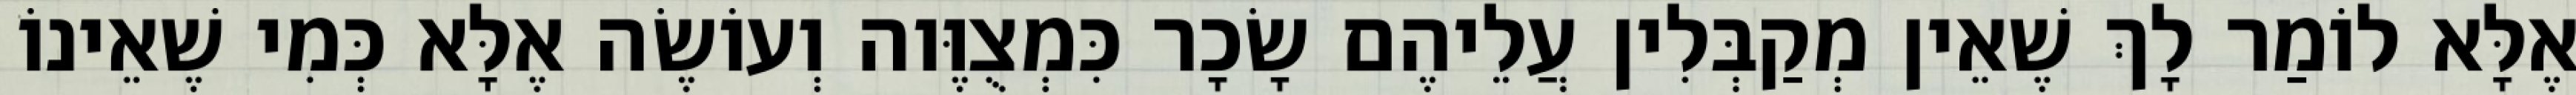
אֶלָּא לוֹמַר לָךְ שֶׁאֵין מְקַבְּלִין עֲלֵיהֶם שָׂכָר כִּמְצֻוֶּוה וְעוֹשֶׂה אֶלָּא כְּמִי שֶׁאֵינוֹ